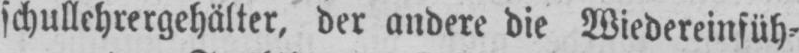
der andere die Wiedereinführ⸗